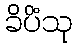
ခိပိံသု